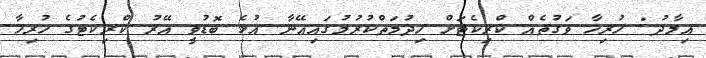
އިމާދު: ހުރިހާ ވަގުތެއް ކްރިކެޓަށް ހިދުމަތްކުރުމުގައިއޭނާ އުޅެ ބޮޑުވީ އޭރު ކްރިކެޓުގެ ހުރިހާ